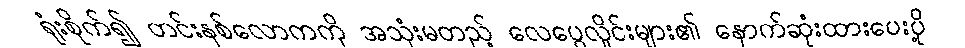
ရုံးစိုက်၍ တင်းနစ်လောကကို အသုံးမတည့် လေပွေလှိုင်းများ၏ နောက်ဆုံးထားပေးပို့